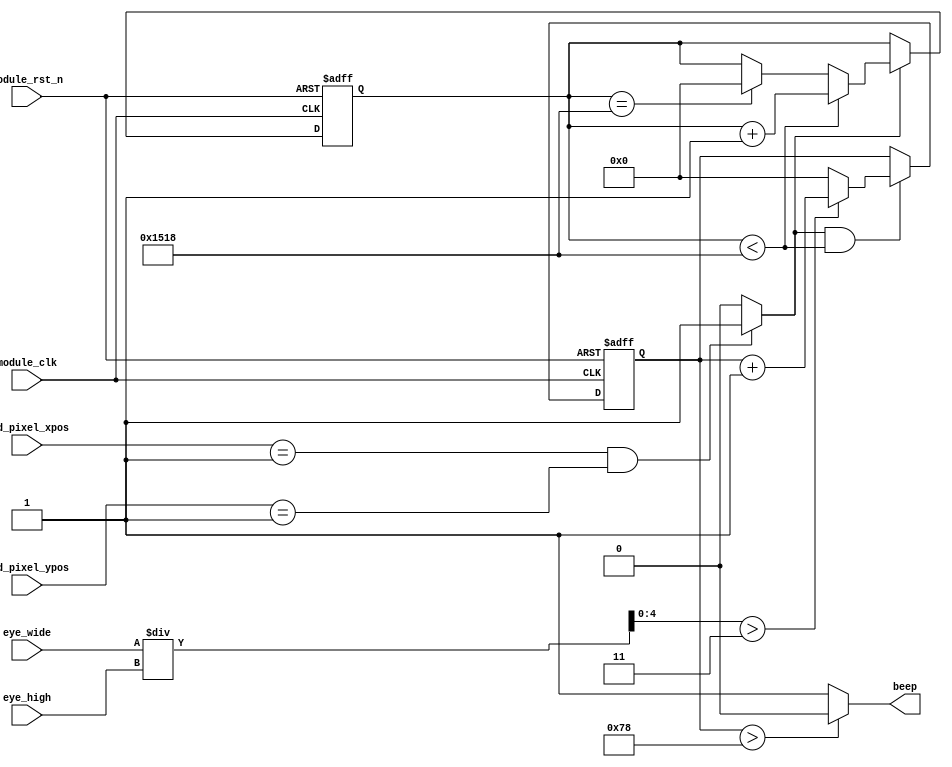
module perclos_calculate (
    input   module_clk,
    input   module_rst_n,
    input  [10:0]lcd_pixel_xpos,          
    input  [10:0]lcd_pixel_ypos,          
    
    input  [10:0] eye_high,
    input  [10:0] eye_wide , 
    
    output           beep
    );
    
reg  [12:0]   eye_close_cnt       ;          //
reg  [12:0]   eye_open_cnt        ;          //    
reg  [12:0]   eye_close_cnt_tmp   ;          //
reg  [12:0]   eye_open_cnt_tmp    ;          //
reg  [12:0]   all_cnt             ;          //
reg  [12:0]   eye_close_lx        ;
wire [4:0]    aspectratio         ;          //

wire new_image  ;           //
wire image_end  ;           //

assign new_image = ( lcd_pixel_xpos == 1 && lcd_pixel_ypos == 1 ) ? 1'd1 : 1'd0     ;           //1
assign image_end = ( lcd_pixel_xpos == 1 && lcd_pixel_ypos == 480 ) ? 1'd1 : 1'd0     ;         

assign aspectratio = eye_wide / eye_high    ;

//
always @( posedge module_clk  or negedge module_rst_n ) begin
    if( !module_rst_n ) begin
        all_cnt <= 13'd0   ;
    end
    
    else if( new_image )begin
        if(all_cnt < 5400 ) begin
            all_cnt <= all_cnt + 1  ;
        end
        else if( all_cnt == 5400 )begin
            all_cnt <= 13'd0  ;
        end
    end
end 

always @( posedge module_clk  or negedge module_rst_n ) begin
    if( !module_rst_n ) begin
        eye_close_cnt <= 13'd0   ;
        eye_open_cnt  <= 13'd0   ;
        eye_close_cnt_tmp <= 13'd0   ;
        eye_open_cnt_tmp  <= 13'd0   ;
        eye_close_lx <= 13'd0   ;
    end
    
    else if( new_image == 1 && all_cnt < 5400)begin
        if( aspectratio > 3 ) begin             //> 3 
            eye_close_cnt_tmp <= eye_close_cnt_tmp + 1    ;
            eye_close_lx <= eye_close_lx + 1    ;
        end
        else begin
            eye_open_cnt_tmp <= eye_open_cnt_tmp + 1    ;
            eye_close_lx <= 13'd0   ;
        end
    end
    
    else if( image_end == 1 && all_cnt == 5400 )begin
        eye_close_cnt <= eye_close_cnt_tmp  ;
        eye_open_cnt <= eye_open_cnt_tmp    ;
        
        eye_close_cnt_tmp <= 13'd0   ;
        eye_open_cnt_tmp  <= 13'd0   ;
    end    
    
end 


assign beep = (eye_close_lx > 13'd120) ? 0 : 1 ;


endmodule